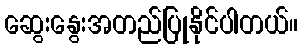
ဆွေးနွေးအတည်ပြုနိုင်ပါတယ်။